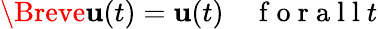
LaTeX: \Breve{\mathbf{u}}(t)=\mathbf{u}(t)\quad\mathrm{~f~o~r~a~l~l~}t